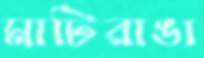
মাটিরাঙা